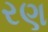
રણ